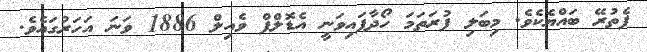
ފެތުރޭ ބައްޔެކެވެ. މިބަލި ފުރަތަމަ ހޯދާފައިވަނީ އެޑޮލްފް ވެއިލް 1886 ވަނަ އަހަރުގައެވެ.